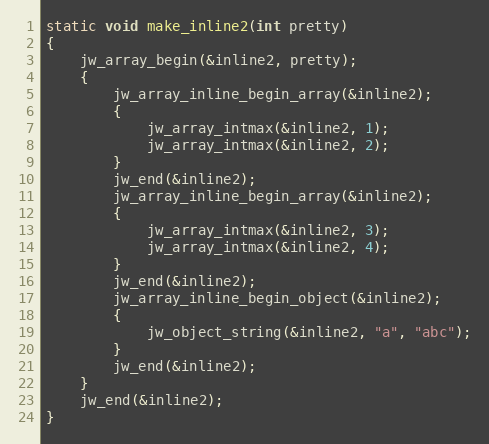
Language: C
static void make_inline2(int pretty)
{
	jw_array_begin(&inline2, pretty);
	{
		jw_array_inline_begin_array(&inline2);
		{
			jw_array_intmax(&inline2, 1);
			jw_array_intmax(&inline2, 2);
		}
		jw_end(&inline2);
		jw_array_inline_begin_array(&inline2);
		{
			jw_array_intmax(&inline2, 3);
			jw_array_intmax(&inline2, 4);
		}
		jw_end(&inline2);
		jw_array_inline_begin_object(&inline2);
		{
			jw_object_string(&inline2, "a", "abc");
		}
		jw_end(&inline2);
	}
	jw_end(&inline2);
}